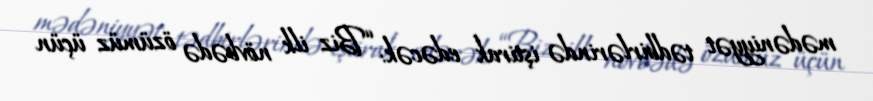
mədəniyyət tədbirlərində iştirak edəcək: “Biz ilk növbədə özümüz üçün